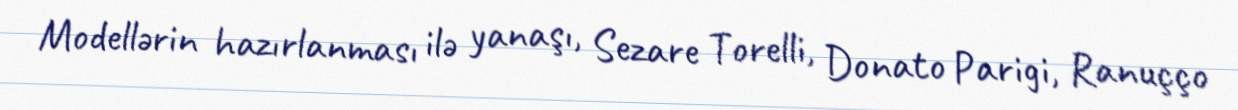
Modellərin hazırlanması ilə yanaşı, Sezare Torelli, Donato Parigi, Ranuçço